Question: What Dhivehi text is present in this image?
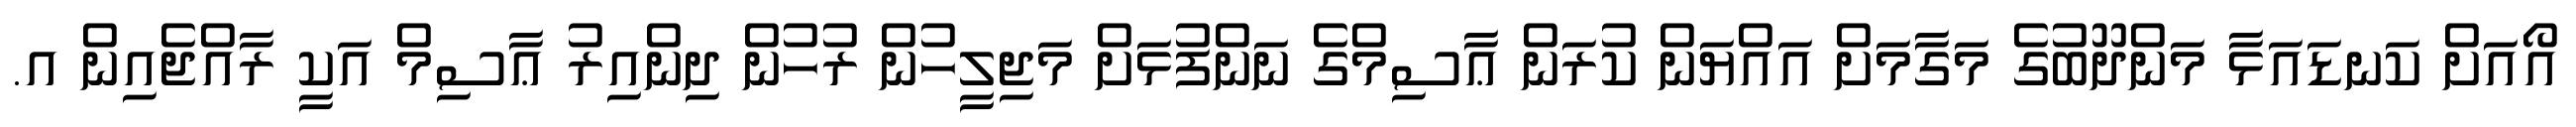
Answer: އޯއަށް ކަނޑައަޅާ މަންދޫބުގެ މަގާމަށް އައްޔަން ކުރަން ޢާސިމްގެ ނަންފުޅަށް މަޖިލީހުން ރުހުން ދިންއިރު ޢާސިމް އަކީ ރާއްޖެއިން އ.